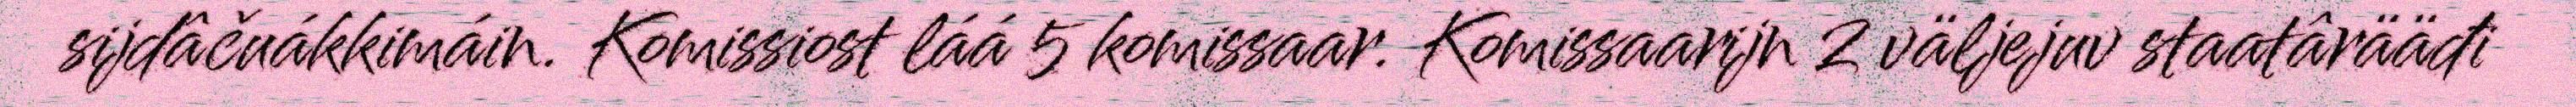
sijdâčuákkimáin. Komissiost láá 5 komissaar. Komissaarijn 2 väljejuv staatârääđi